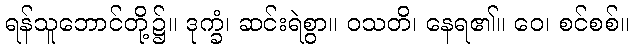
ရန်သူဘောင်တို့၌။ ဒုက္ခံ၊ ဆင်းရဲစွာ။ ဝသတိ၊ နေရ၏။ ဝေ၊ စင်စစ်။